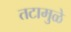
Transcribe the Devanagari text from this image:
तटामुळे